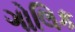
ગોલિક